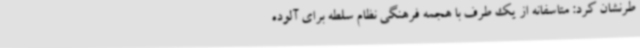
طرنشان کرد: متاسفانه از یک طرف با هجمه فرهنگی نظام سلطه برای آلوده